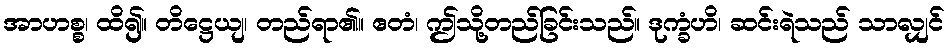
အာဟစ္စ၊ ထိ၍။ တိဋ္ဌေယျ၊ တည်ရာ၏။ ဧတံ၊ ဤသို့တည်ခြင်းသည်။ ဒုက္ခံဟိ၊ ဆင်းရဲသည် သာလျှင်